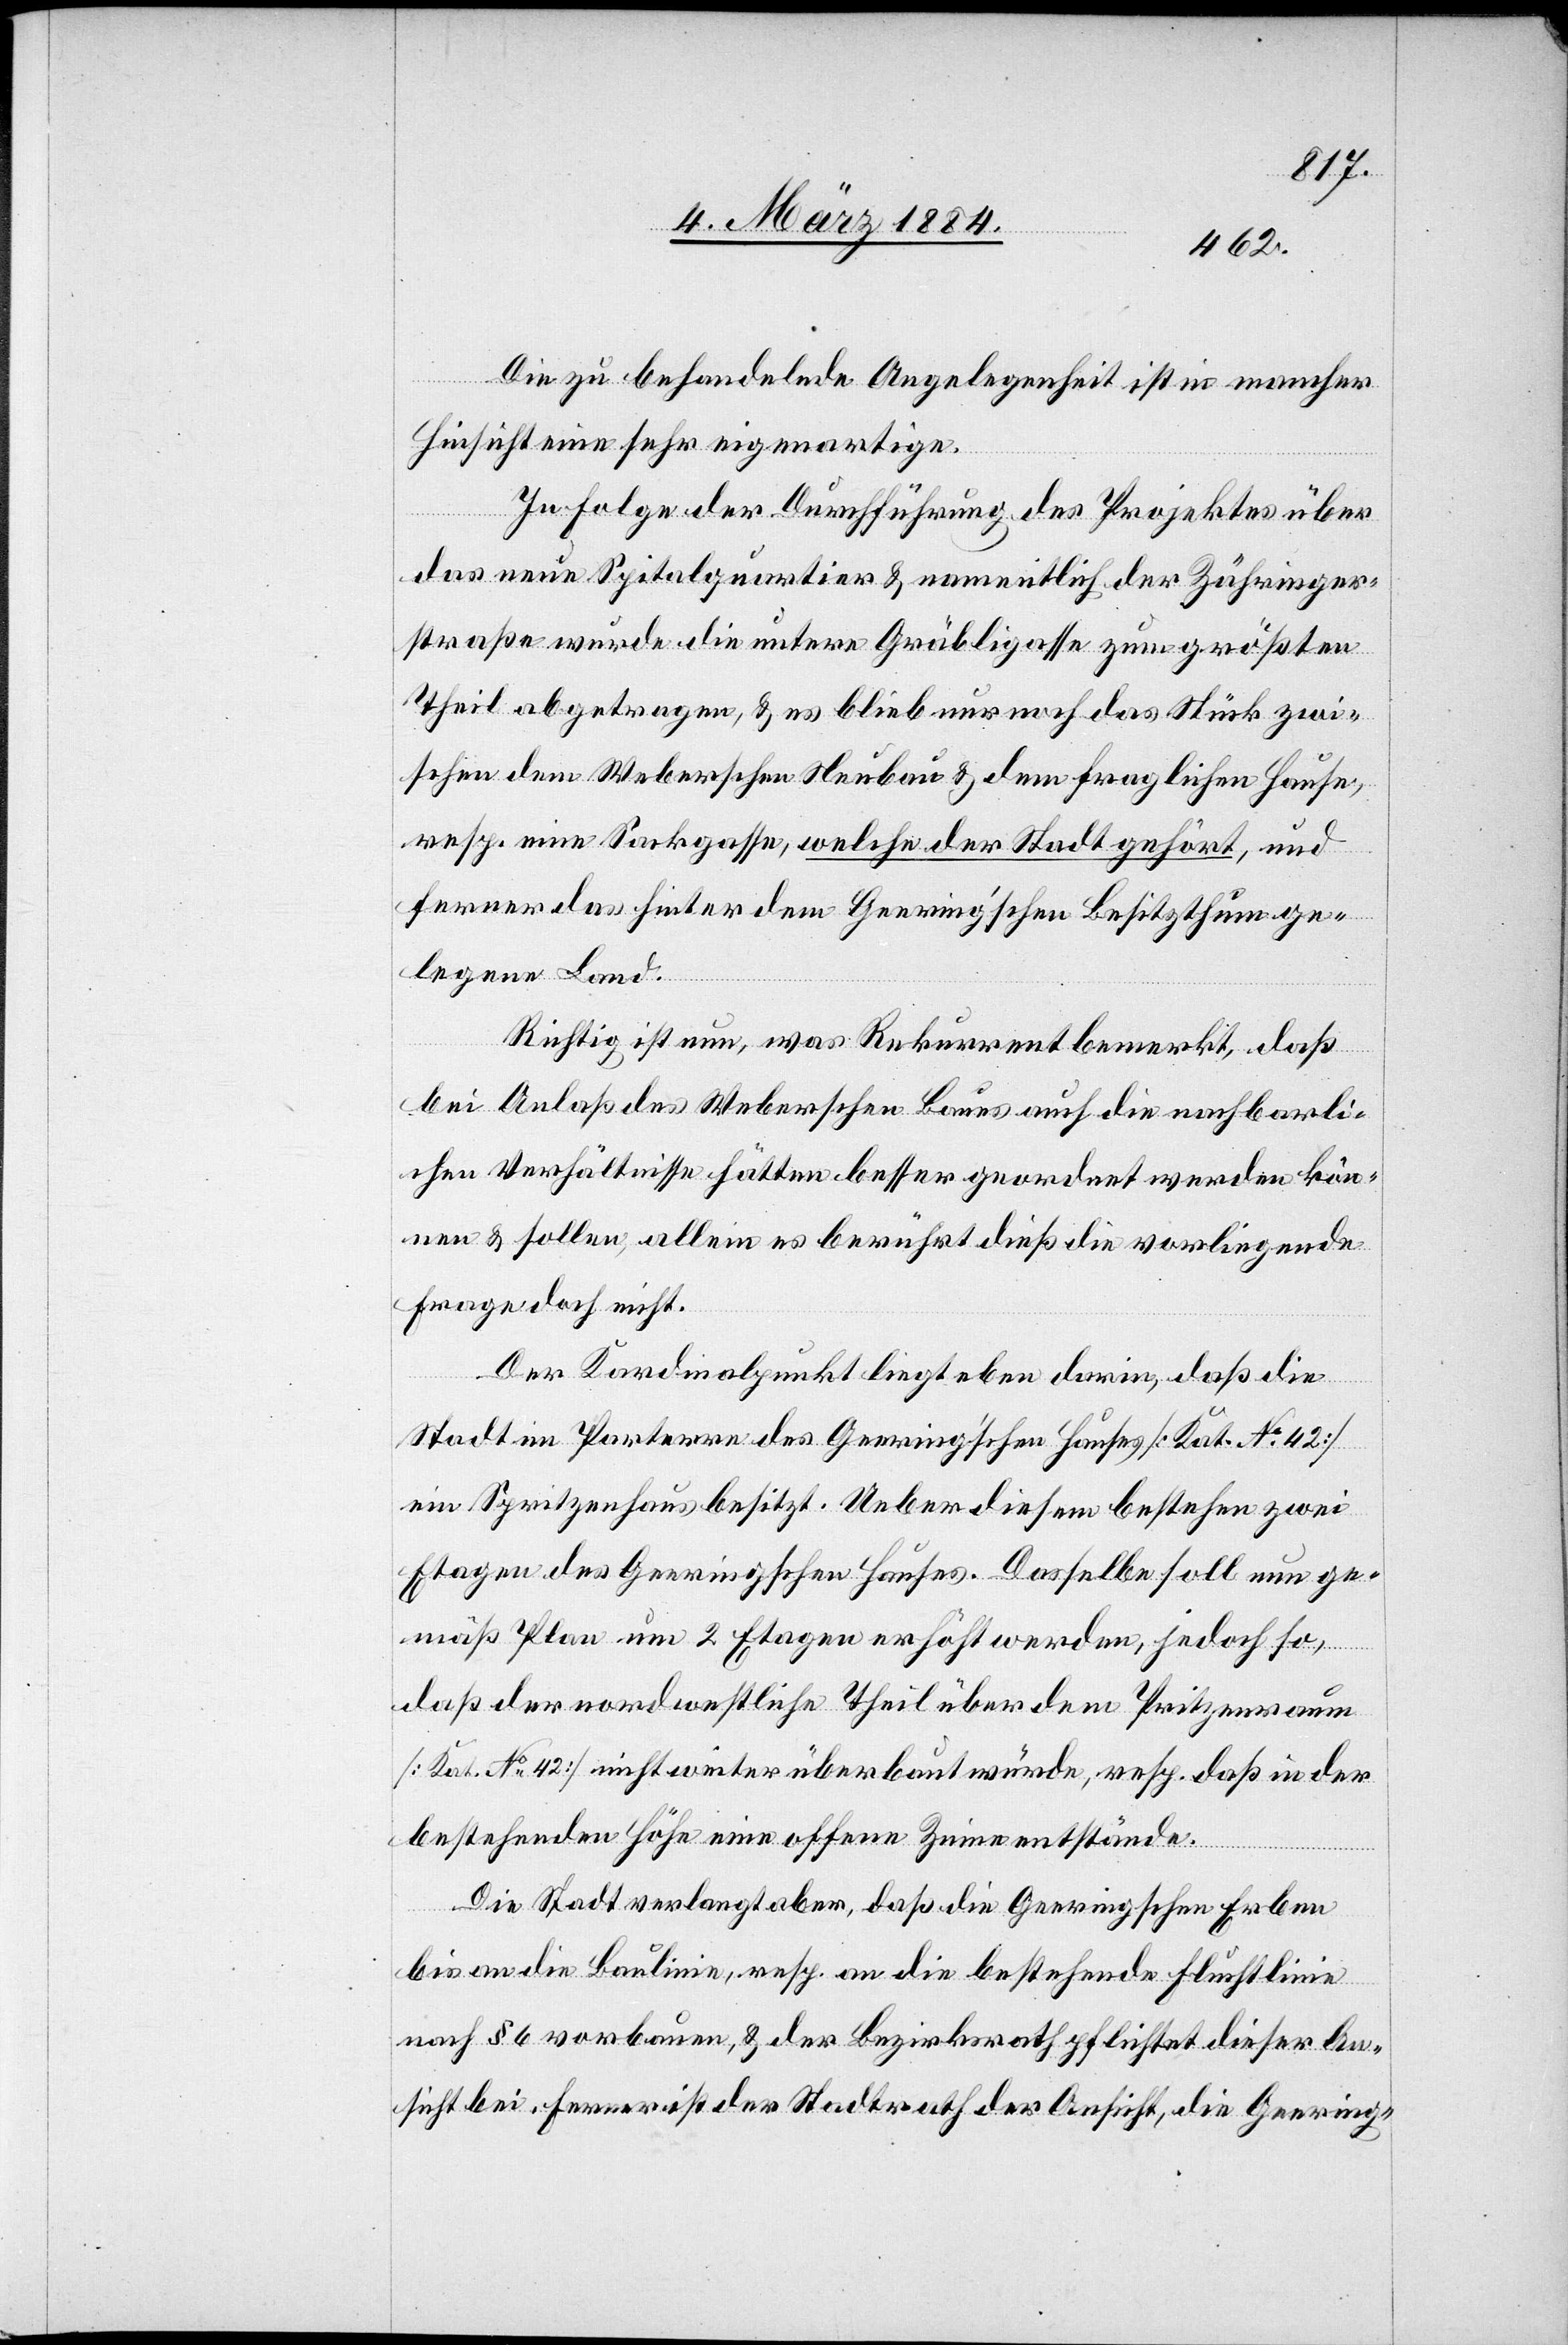
Die zu behandelnde Angelegenheit ist in mancher
Hinsicht eine sehr eigenartige.
In Folge der Durchführung des Projektes über
das neue Spitalquartier & namentlich der Zähringer¬
straße wurde die untere Gräbligasse zum größten
Theil abgetragen, & es blieb nur noch das Stück zwi¬
schen dem Weberschen Neubau & dem fraglichen Hause,
resp. eine Sackgasse, welche der Stadt gehört, und
ferner das hinter dem Geering’schen Besitzthum ge¬
legene Land.
Richtig ist nun, was Rekurrent bemerkt, daß
bei Anlaß des Weberschen Baues auch die nachbarli¬
chen Verhältnisse hätten besser geordnet werden kön¬
nen & sollen, allein es berührt dieß die vorliegende
Fragen doch nicht.
Der Kardinalpunkt liegt eben darin, daß die
Stadt im Parterre des Geering’schen Hauses [Kat. No 42]
ein Spritzenhaus besitzt. Ueber diesem bestehen zwei
Etagen des Geeringschen Hauses. Dasselbe soll nun ge¬
mäß Plan um 2 Etagen erhöht werden, jedoch so,
daß der nordwestliche Theil über dem Spritzenraum
[Kat. No 42] nicht weiter überbaut würde, resp. daß in der
bestehenden Höhe eine offene Zeine entstände.
Die Stadt verlangt aber, daß die Geeringschen Erben
bis an die Baulinie, resp. an die bestehende Fluchtlinie
nach § 6 vorbauen, & der Bezirksrath pflichtet dieser An¬
sicht bei. Ferner ist der Stadtrath der Ansicht, die Geering-